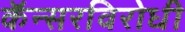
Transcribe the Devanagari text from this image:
कॅन्सरविरोधी